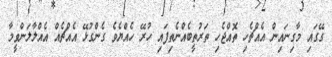
ގޭގައި މާގިނައިން އެއްޗެހި ތޮއްޖެހި ތަރުތީބެއްނެތިފައި ހުރޭ ހެއްޔެވެ ގެންގުޅޭ އެއްޗެއް އެއްލާލަންވީމާ